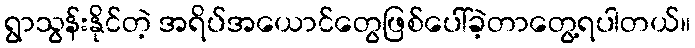
ရွာသွန်းနိုင်တဲ့ အရိပ်အယောင်တွေဖြစ်ပေါ်ခဲ့တာတွေ့ရပါတယ်။